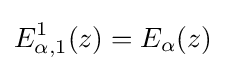
E_{\alpha ,1}^{1}(z)=E_{\alpha }(z)